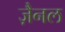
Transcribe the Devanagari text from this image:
ज़ैनल